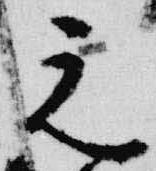
元